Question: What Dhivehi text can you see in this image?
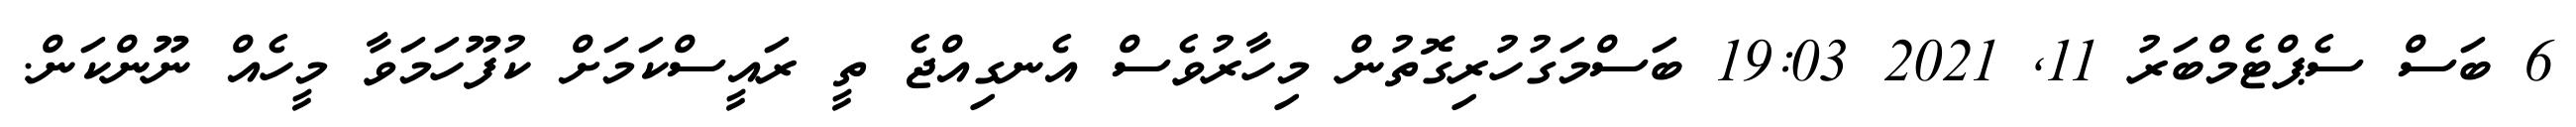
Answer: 6 ބަސް ސެޕްޓެމްބަރު 11, 2021 19:03 ބަސްމަގުހުރިގޮތުން މިހާރުވެސް އެނގިއްޖެ ތީ ރައީސްކަމަށް ކުފޫހަމަވާ މީހެއް ނޫންކަން.